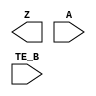
module sky130_fd_sc_lp__einvn (
    Z   ,
    A   ,
    TE_B
);

    output Z   ;
    input  A   ;
    input  TE_B;

    // Voltage supply signals
    supply1 VPWR;
    supply0 VGND;
    supply1 VPB ;
    supply0 VNB ;

endmodule